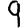
Digit: 9